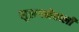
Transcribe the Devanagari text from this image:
सुलगनेवाली